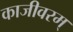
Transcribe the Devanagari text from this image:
काजीवरम्